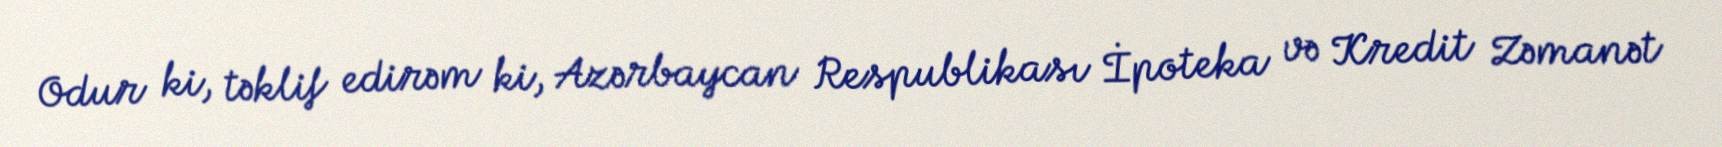
Odur ki, təklif edirəm ki, Azərbaycan Respublikası İpoteka və Kredit Zəmanət